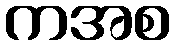
ကအစ